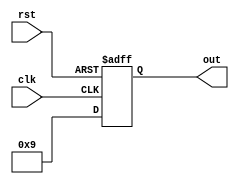
module for_loop_example(
    input wire clk,
    input wire rst,
    output reg [3:0] out
);

integer i;

always @ (posedge clk or posedge rst) begin
    if (rst) begin
        out <= 0;
        i <= 0;
    end else begin
        for (i = 0; i < 10; i = i + 1) begin
            out <= i;
        end
    end
end

endmodule